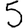
Digit: 5